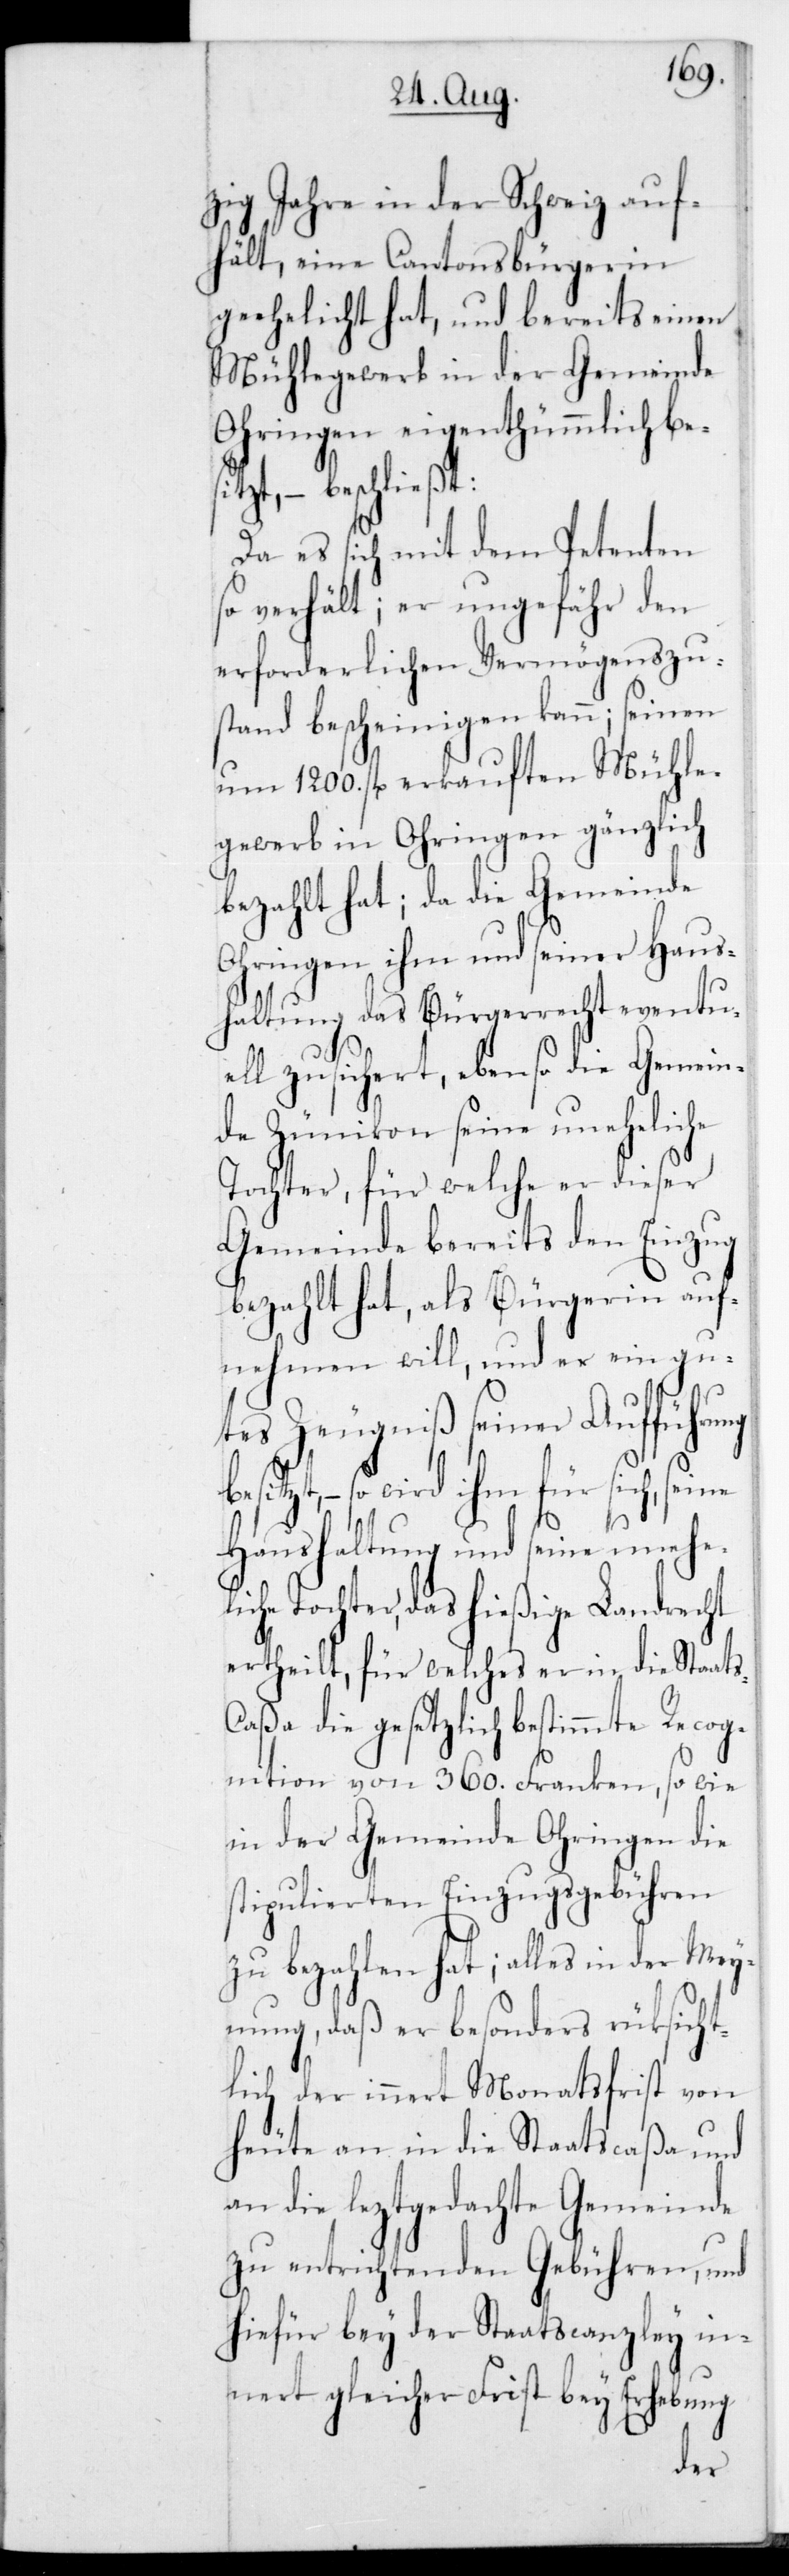
zig Jahre in der Schweiz auf¬
hält, eine Cantonsbürgerin
geehelicht hat, und bereits einen
Mühlegewerb in der Gemeinde
Ohringen eigenthümmlich be¬
t, – beschließt:
Da es sich mit dem Petenten
so verhält; er ungefähr den
erforderlichen Vermögenszu¬
stand bescheinigen kann; seinen
um 1200 fl. erkauften Mühle¬
gewerb in Ohringen gänzlich
bezahlt hat; da die Gemeinde
Ohringen ihm und seiner Haus¬
haltung das Bürgerrecht eventu¬
ell zusichert, ebenso die Gemein¬
de Zünikon seine uneheliche
Tochter, für welche er dieser
Gemeinde bereits den Einzug
bezahlt hat, als Bürgerin auf¬
nehmen will, und er ein gu¬
tes Zeugniß seiner Aufführung
ts-C¬
tzt, – so wird ihm für
Haushaltung und seine unehel¬
iche Tochter, das hießige Landrecht
Staa¬
ertheilt, für welches er in
aßa die gesetzlich bestimmte Recog¬
nition von 360 Franken, sowie
in der Gemeinde Ohringen die
stipulierten Einzugsgebühren
zu bezahlen hat; alles in der Mey¬
nung, daß er besonders rücksicht¬
lich der innert Monatsfrist von
heute an in die Staatscaßa und
an die leztgedachte Gemeinde
zu entrichtenden Gebühren, und
hiefür bey der Staatscanzley in¬
nert gleicher Frist bey Erhebung